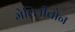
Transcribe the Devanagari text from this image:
मेरिलीबोन